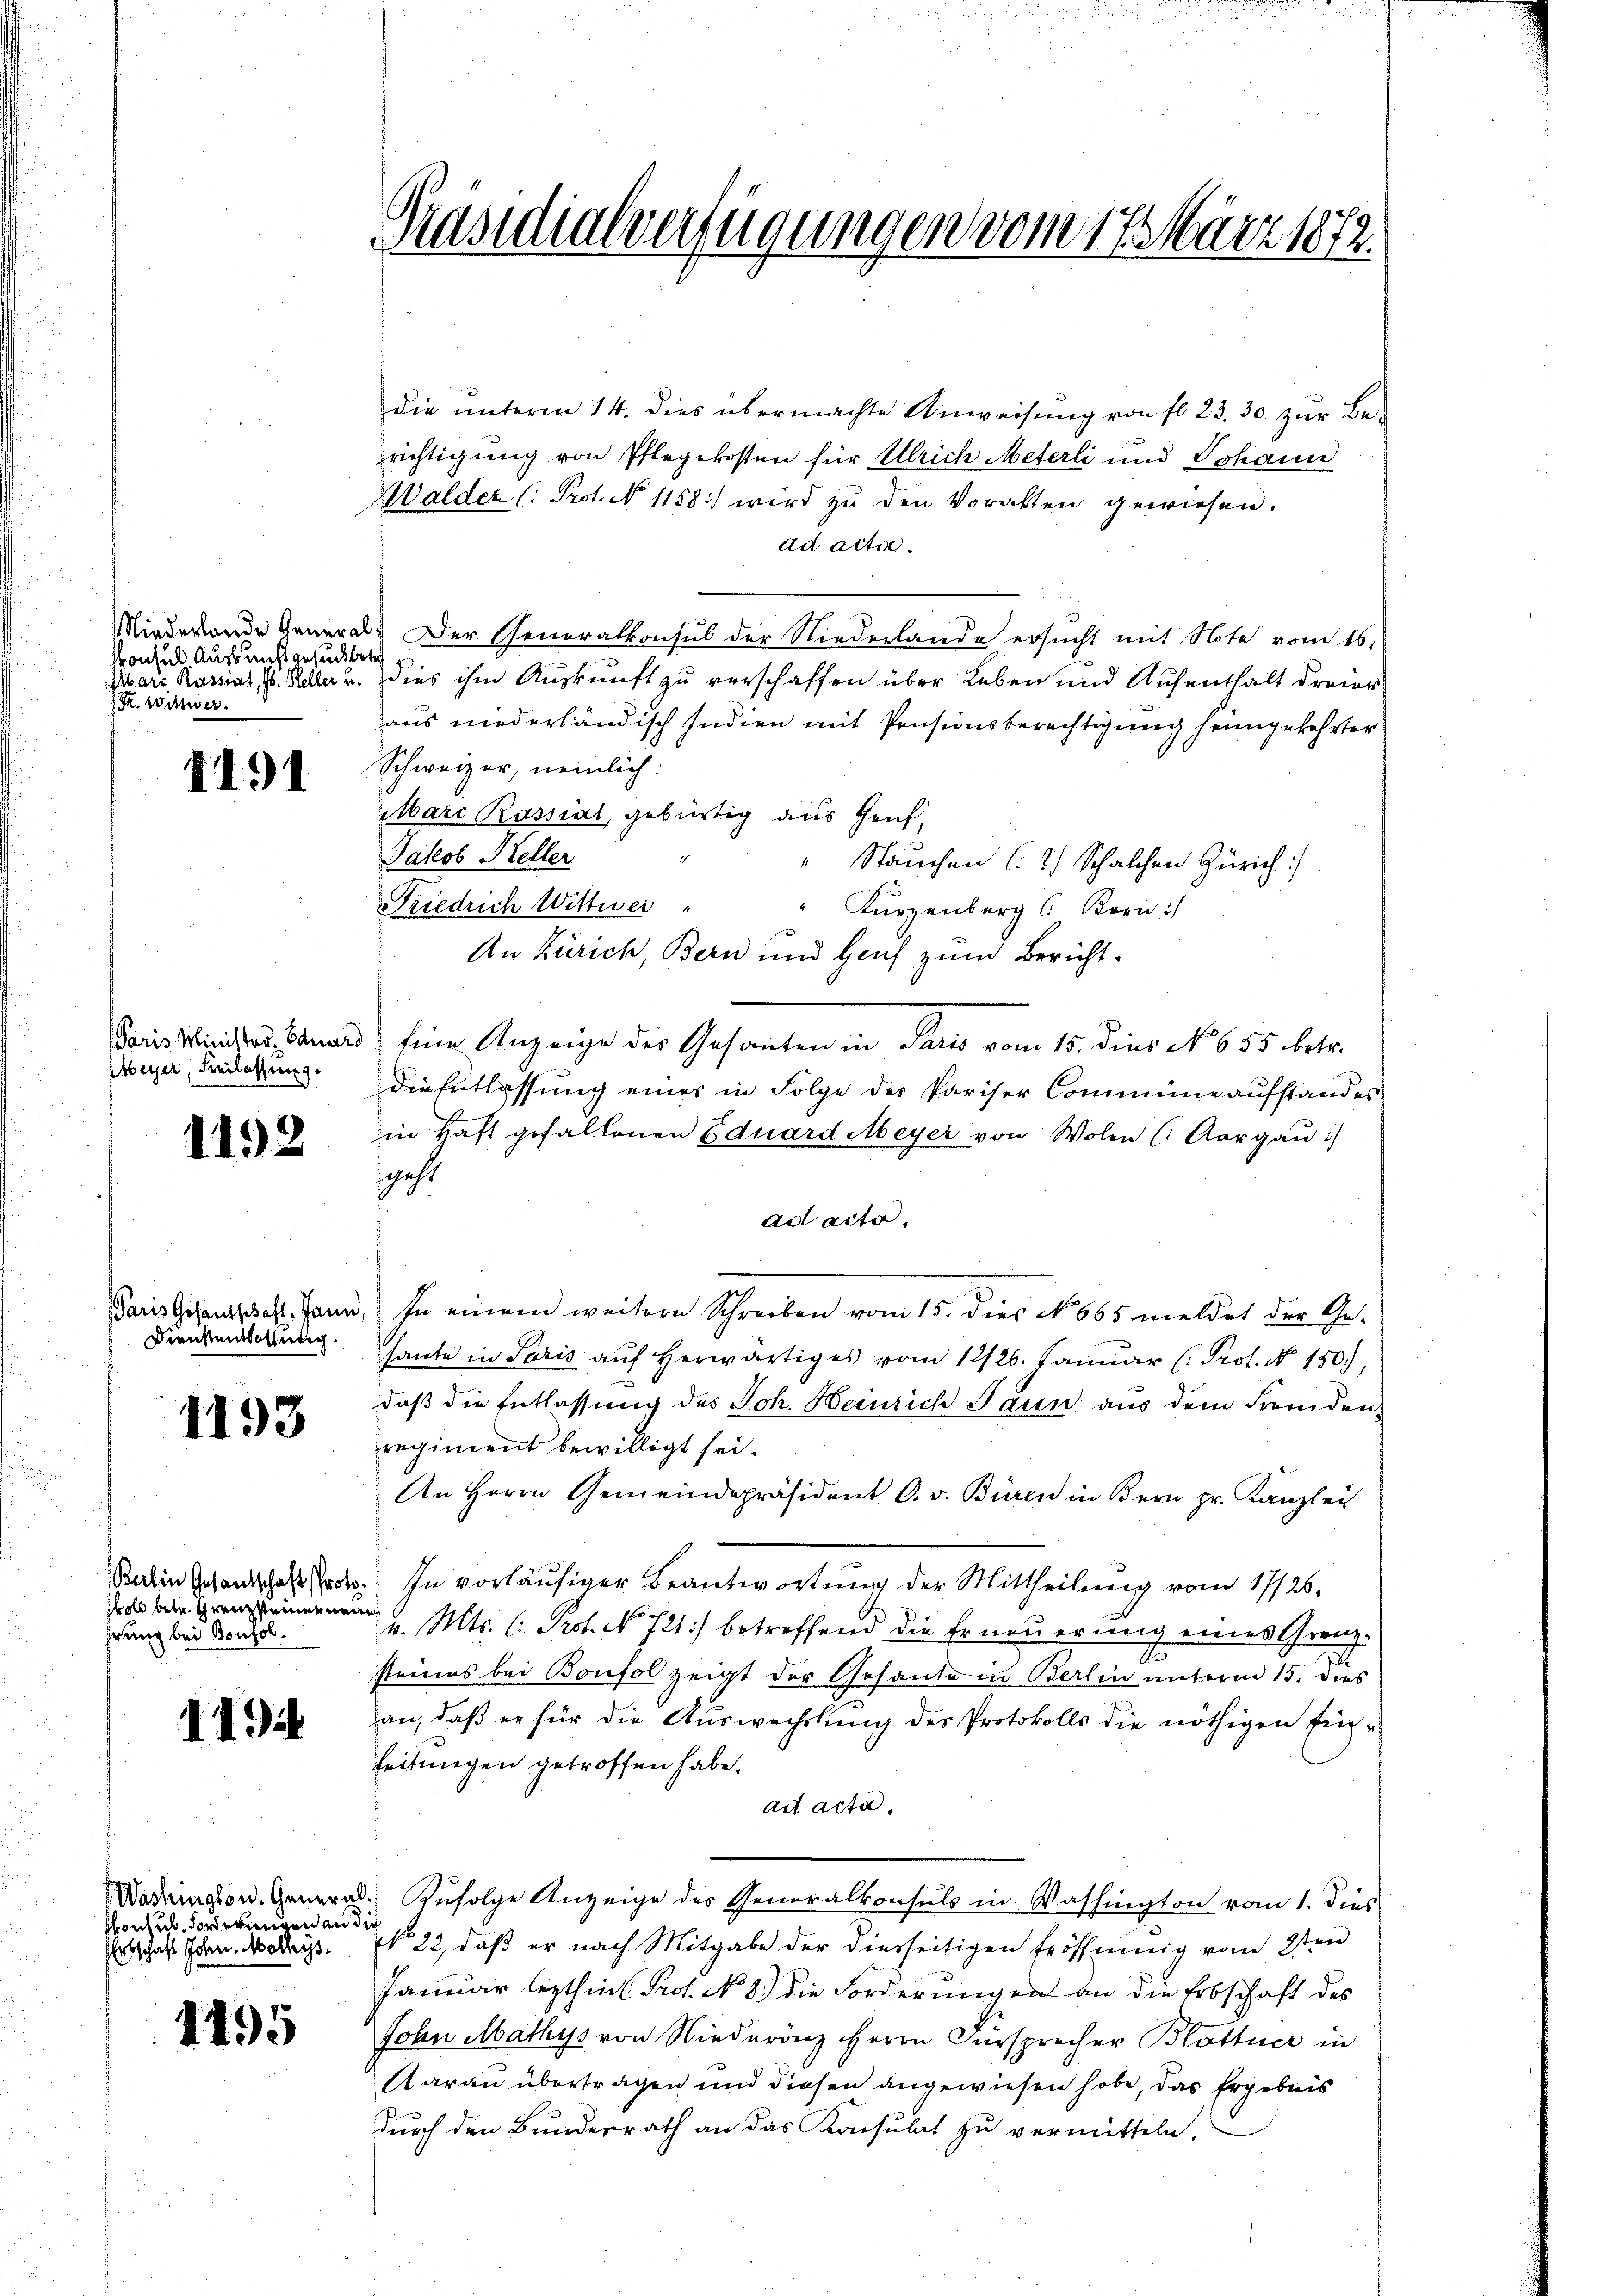
Miederlande Genera
Konsul Auskunft gesuchte
Mari Kassiat, Jb. Keller u.
S. Wittwer

1191

Paris Minister. Eduard
Meyer, Freilassung.

1192

Paris Gesentschaft. Jann,
Dienstentsolutig.

1193

Berlin Gesantschaft Protoskoll betr. Grenzsteinernen
hrung bei Bonzol.

1494

Washington. Generalvonsul, Forderungen an di
Ertschaft John. Möllerss

1495

Präsidialverfügungen vom 17. März 1872.

die unterm 14. dies übermachte Anweisung von fl. 23. 30 zur Berichtigung von Pflegekosten für Ulrich Meterli und Johann
Walder (: Prot. N. 1158) wird zŭ den Voralten gewiesen.
ad acter.
Der Generalkonsul der Niederlande ersucht mit Note vom 16.
dies ihm Auskunft zu verschaffen über Leben und Aufenthalt dreier
aus niederländisch Indien mit Pensionsberechtigung heimgekehrter
Schweizer, nemlich:
Mari Kassiat, gebürtig aus Genf,
Jakob Keller
" Stauchen (2.) Schalchen Zürich:
Friedrich Wittwei
Kürzenberg ( Kern :/
An Zürich, Bern und Hanf zum Bericht.
Eine Anzeige des Gesanten in Paris vom 15. dies No 655 betr.
die Entlassung eines in Folge des Pariser Commüne aufstandes
in Haft gefallenen Eduard Meyer von Wolen (Aargau:
sgeht
ad acte.
In einem weitere Schreiben vom 15. dies N. 665 meldet der Ge-
sante in Paris auf herwärtiges vom 12/26. Januar (Prof. N. 150.),
daß die Entlassung des Joh. Heinrich Jaun aus dem Fremden,
regiment bewilligt sei.
An Herrn Gemeindepräsident C. v. Büren in Bern pr. Kanzley
In vorläufiger Beantwortung der Mittheilung vom 17/26.
v. Mts. l. Prot. No. 721) betreffend die Erneuerung eines Grenz-
.
seines bei Bonfol zeigt der Gesante in Berlin unterm 15. dies
an, daß er für die Auswechslung des Protokolls die nöthigen fin¬
Leitungen getroffen habe.
ad acta.
Zufolge Anzeige des Generalkonsuls in Washington vom 1. dies
No 22, daß er nach Mitgabe der diesseitigen Erössinnig vom 2ten
Januar lezthin. Prof. No. 8. die Forderungen an die Erbschaft des
John Mathys von Niederönz Herrn Fürsprecher Blattner in
Aarau übertragen und diesen angewiesen habe, das Ergebnis
durch den Bundesrath an das Konsulat zu vermitteln.